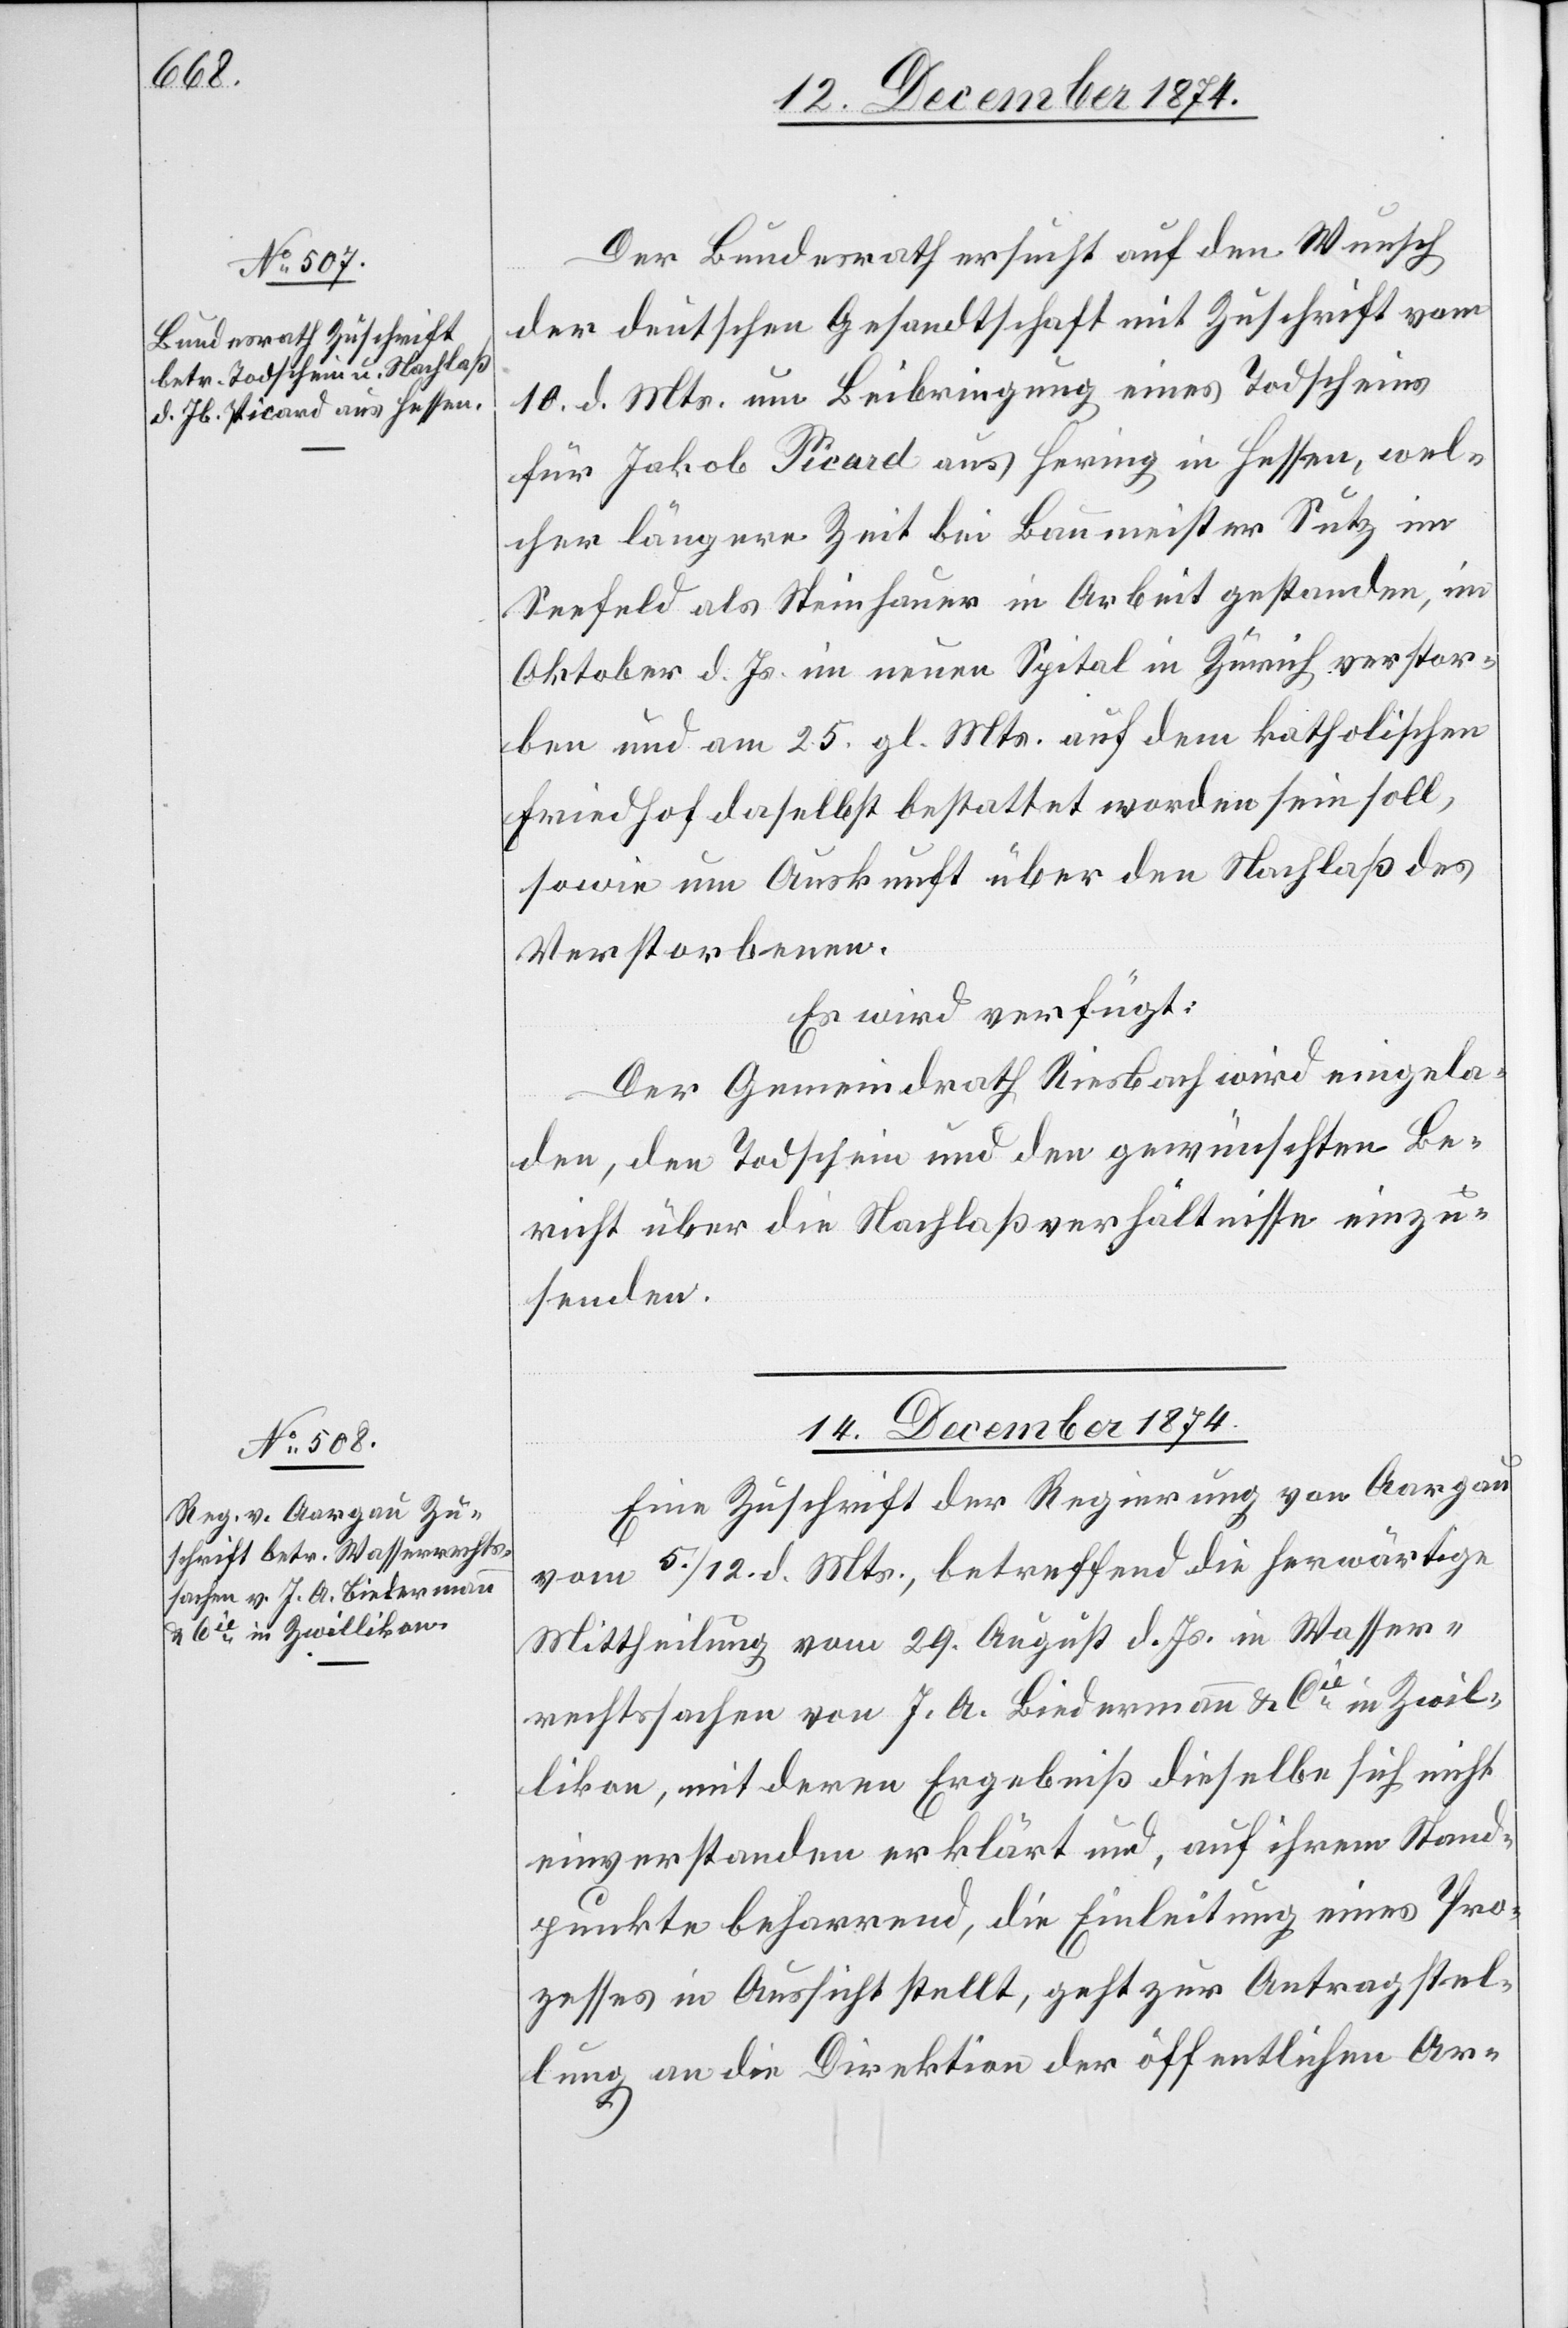
Der Bundesrath ersucht auf den Wunsch
der deutschen Gesandtschaft mit Zuschrift vom
10. d. Mts. um Beibringung eines Todscheins
für Jakob Picard aus Hering in Hessen, wel¬
cher längere Zeit bei Baumeister Sutz im
Seefeld als Steinhauer in Arbeit gestanden, im
Oktober d. Js. im neuen Spital in Zürich verstor¬
ben und am 25. gl. Mts. auf dem katholischen
Friedhof daselbst bestattet worden sein soll,
sowie um Auskunft über den Nachlaß des
Verstorbenen.
Es wird verfügt:
Der Gemeindrath Riesbach wird eingela¬
den, den Todschein und den gewünschten Be¬
richt über die Nachlaßverhältnisse einzu¬
senden.
14. Dezember 1874.
Eine Zuschrift der Regierung von Aargau
vom 5./12. d. Mts., betreffend die herwärtige
Mittheilung vom 29. August d. Js. in Wasser¬
rechtssachen von J. A. Biedermann & Cie in Zwil¬
likon, mit deren Ergebniß dieselbe sich nicht
einverstanden erklärt und, auf ihrem Stand¬
punkte beharrend, die Einleitung eines Pro¬
zesses in Aussicht stellt, geht zur Antragstel¬
lung an die Direktion der öffentlichen Ar-